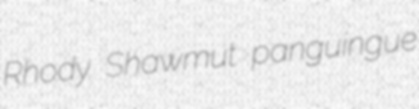
Rhody Shawmut panguingue